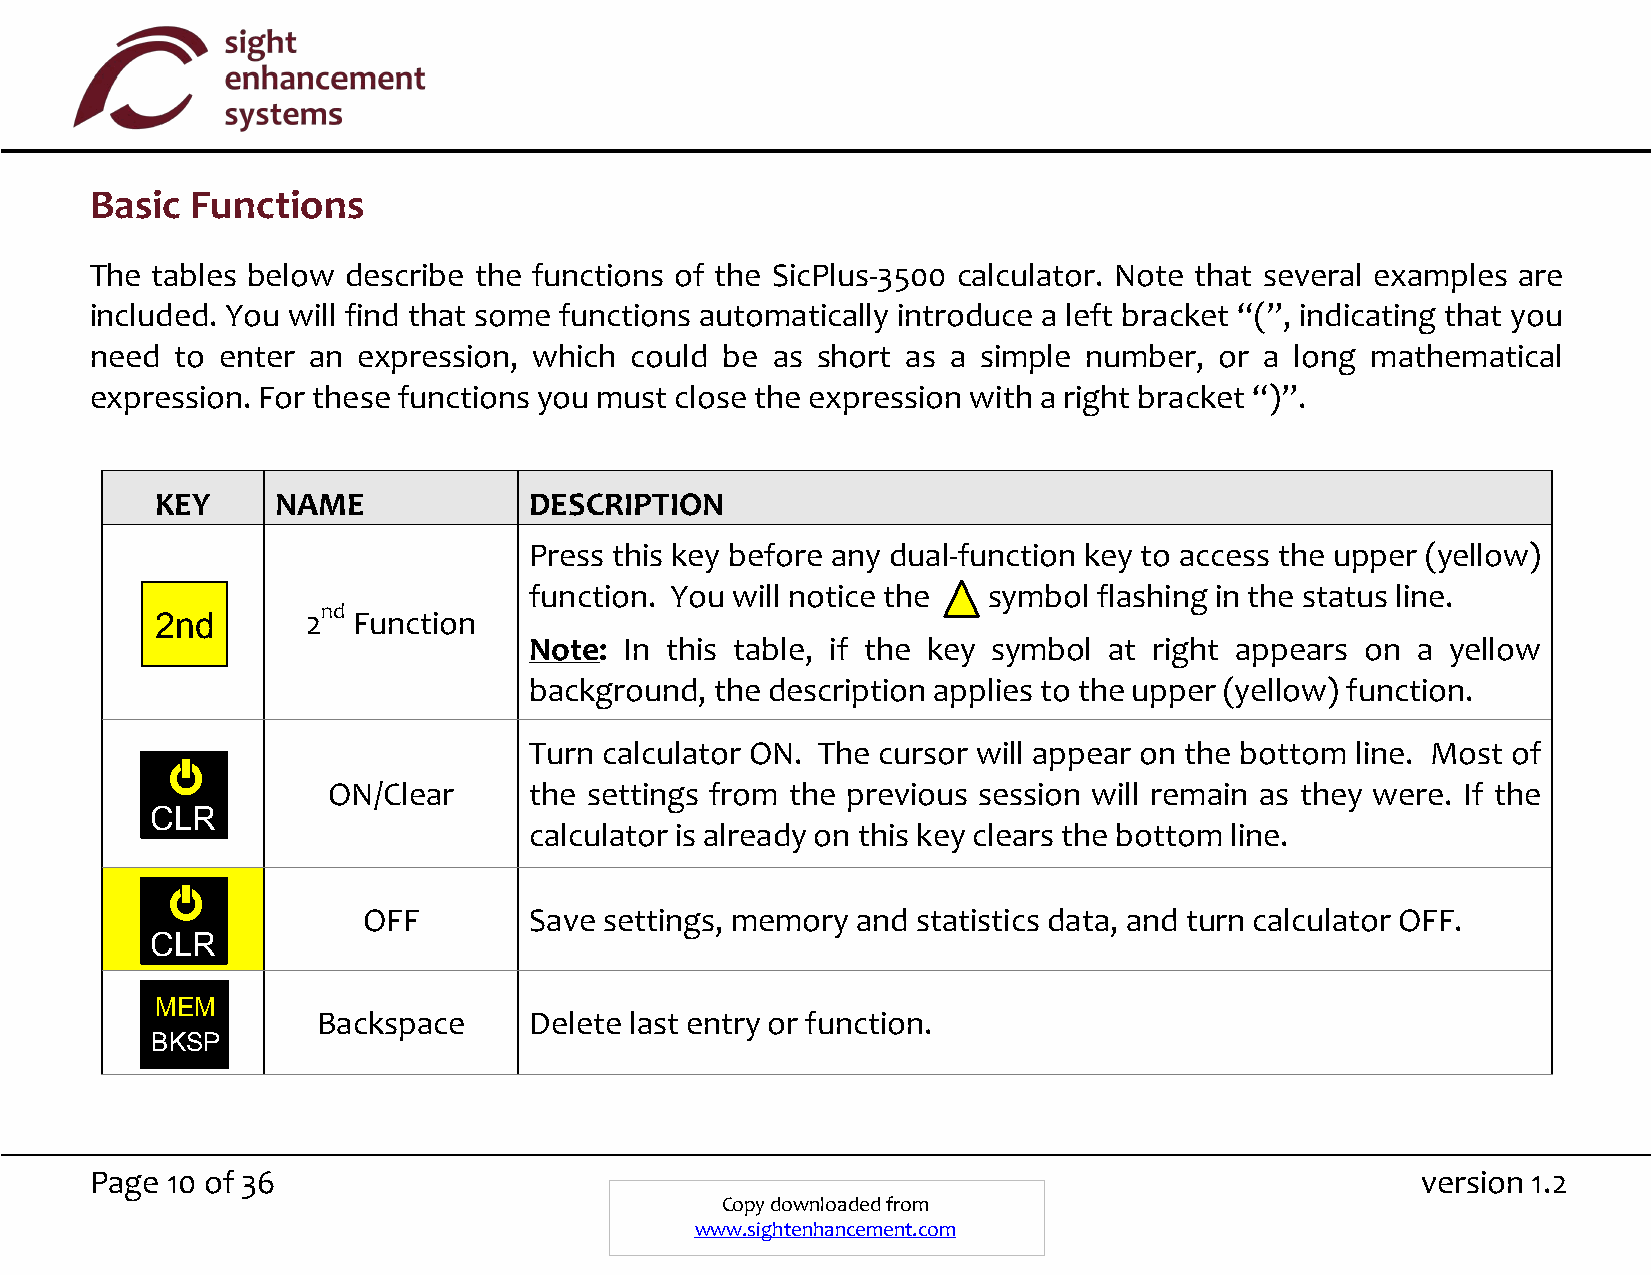
Basic  Functions
 The tables below describe the functions of the SicPlus-3500 calculator. Note that several examples are
 included. You will find that some functions automatically introduce a left bracket “(”, indicating that you
 need  to enter an expression, which could be as short as a simple number,  or a long mathematical
 expression. For these functions you must close the expression with a right bracket “)”.
 KEY     NAME             DESCRIPTION
 Press this key before any dual-function key to access the upper (yellow)
 function. You will notice the symbol  flashing in the status line.
 nd
 2nd       2  Function
 Note: In this table, if the key symbol at right appears on a yellow
 background, the description applies to the upper (yellow) function.
 Turn calculator ON. The cursor will appear on the bottom line. Most of
 ON/Clear     the settings from the previous session will remain as they were. If the
 CLR
 calculator is already on this key clears the bottom line.
 OFF        Save settings, memory and statistics data, and turn calculator OFF.
 CLR
 MEM
 Backspace     Delete last entry or function.
 BKSP
 Page 10 of 36                                                                           version 1.2
 Copy downloaded from
 www.sightenhancement.com